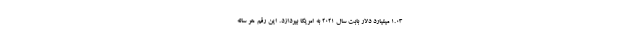
1.03 میلیارد دلار بابت سال 2021 به امریکا بپردازد. این رقم هر ساله